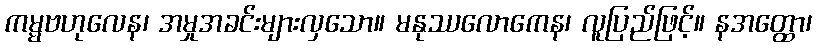
ကမ္မဗဟုလေန၊ အမှုအခင်းများလှသော။ မနုဿလောကေန၊ လူပြည်ဖြင့်။ နအတ္ထော၊